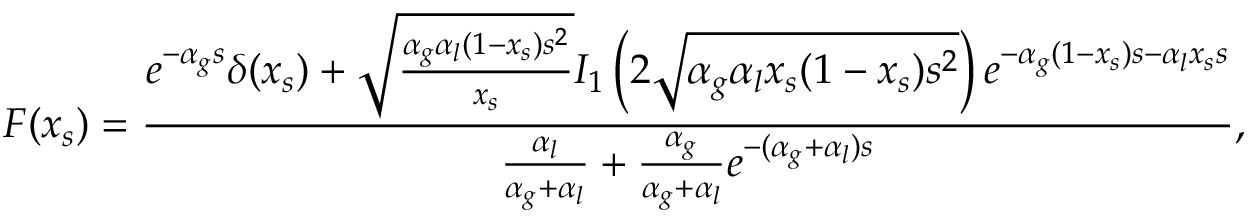
{ \cal F } ( x _ { s } ) = \frac { e ^ { - \alpha _ { g } s } \delta ( x _ { s } ) + \sqrt { \frac { \alpha _ { g } \alpha _ { l } ( 1 - x _ { s } ) s ^ { 2 } } { x _ { s } } } I _ { 1 } \left( 2 \sqrt { \alpha _ { g } \alpha _ { l } x _ { s } ( 1 - x _ { s } ) s ^ { 2 } } \right) e ^ { - \alpha _ { g } ( 1 - x _ { s } ) s - \alpha _ { l } x _ { s } s } } { \frac { \alpha _ { l } } { \alpha _ { g } + \alpha _ { l } } + \frac { \alpha _ { g } } { \alpha _ { g } + \alpha _ { l } } e ^ { - ( \alpha _ { g } + \alpha _ { l } ) s } } ,